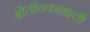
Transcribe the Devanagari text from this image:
ओतीवकामाची